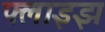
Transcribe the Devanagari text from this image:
फ्लाइझ